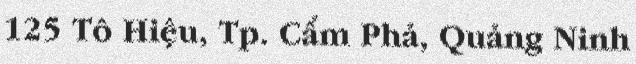
125 Tô Hiệu, Tp. Cẩm Phả, Quảng Ninh